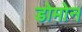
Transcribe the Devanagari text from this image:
डोमोन